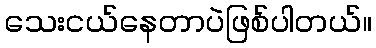
သေးငယ်နေတာပဲဖြစ်ပါတယ်။